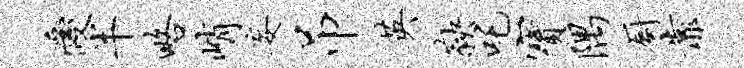
爱半略峭妄吊英鞅吒宝隅厨靠